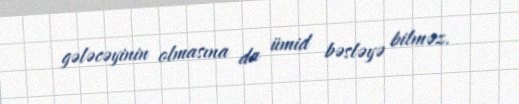
gələcəyinin olmasına da ümid bəsləyə bilməz.